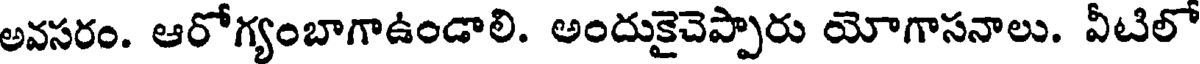
అవసరం. ఆరోగ్యంబాగాఉండాలి. అందుకైచెప్పారు యోగాసనాలు. వీటిలో